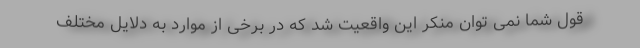
قول شما نمی توان منکر این واقعیت شد که در برخی از موارد به دلایل مختلف